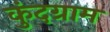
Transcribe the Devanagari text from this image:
कुंदग्राम